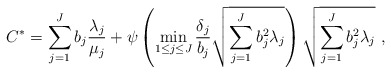
\begin{align*}{C^*} = \sum\limits_{j = 1}^J {{b_j}{\frac{{{\lambda _j}}}{{{\mu _j}}}} + \psi \left( {\mathop {\min }\limits_{1 \le j \le J} \frac{{{\delta _j}}}{{{b_j}}}\sqrt {\sum\limits_{j = 1}^J {b_j^2{\lambda _j}} } } \right)\sqrt {\sum\limits_{j = 1}^J {b_j^2{\lambda _j}} } } \ ,\end{align*}